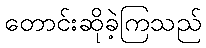
တောင်းဆိုခဲ့ကြသည်